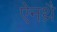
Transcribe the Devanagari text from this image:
ऐनथ्रै